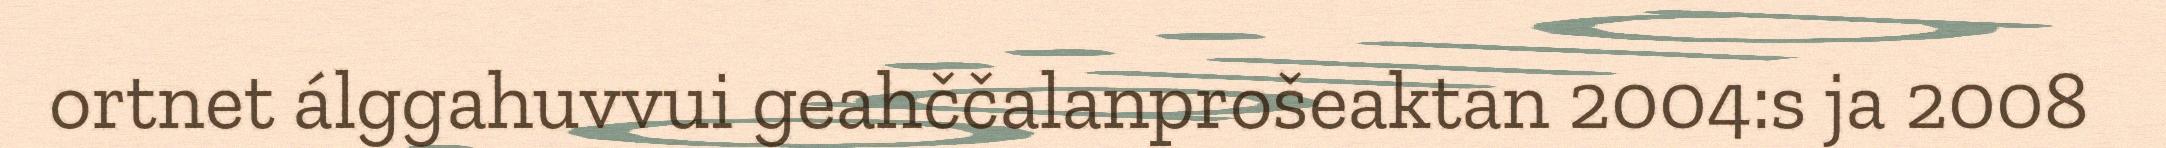
ortnet álggahuvvui geahččalanprošeaktan 2004:s ja 2008